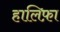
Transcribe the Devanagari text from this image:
हालिफ़ा